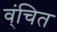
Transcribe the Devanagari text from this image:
व्ंचित